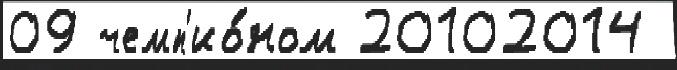
09 чемп'ио́ном 20102014